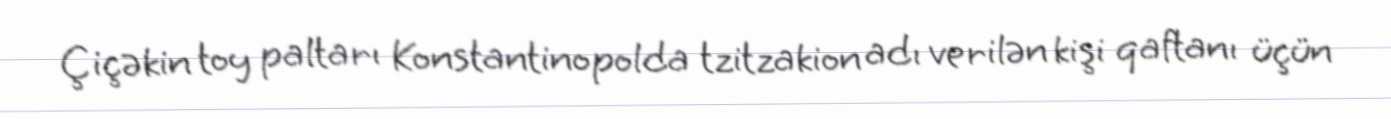
Çiçəkin toy paltarı Konstantinopolda tzitzakion adı verilən kişi qaftanı üçün